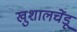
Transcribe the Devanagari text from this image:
खुशालचेंडू